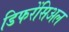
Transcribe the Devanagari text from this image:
डिफरेंसिअल